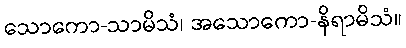
သောကော-သာမိသံ၊ အသောကော-နိရာမိသံ။